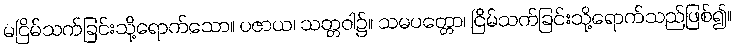
မငြိမ်သက်ခြင်းသို့ရောက်သော။ ပဇာယ၊ သတ္တဝါ၌။ သမပတ္တော၊ ငြိမ်သက်ခြင်းသို့ရောက်သည်ဖြစ်၍။